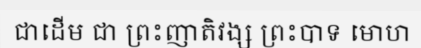
ជាដើម ជា ព្រះញាតិវង្ស ព្រះបាទ មោហ